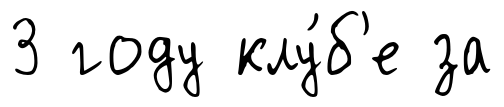
3 году клу́б'е за